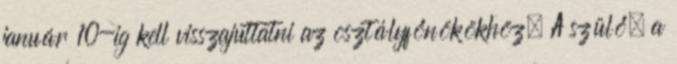
január 10-ig kell visszajuttatni az osztályfőnökökhöz. A szülő, a